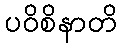
ပဝိစိနာတိ